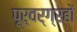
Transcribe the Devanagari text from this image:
पूर्वर्ग्रहों